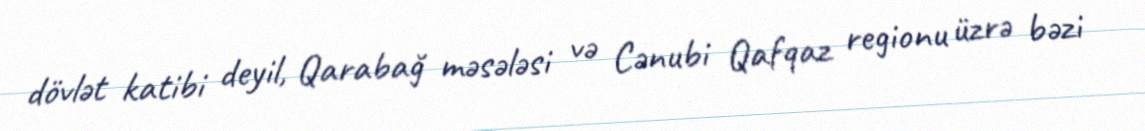
dövlət katibi deyil, Qarabağ məsələsi və Cənubi Qafqaz regionu üzrə bəzi